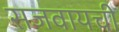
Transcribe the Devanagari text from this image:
सजवायची